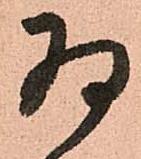
将